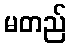
မတည်